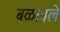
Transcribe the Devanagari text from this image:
बळावले